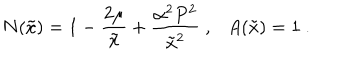
LaTeX: N ( \tilde { x } ) = 1 - \frac { 2 \mu } { \tilde { x } } + \frac { \alpha ^ { 2 } P ^ { 2 } } { \tilde { x } ^ { 2 } } \ , \ \ \ A ( \tilde { x } ) = 1 \ .